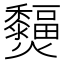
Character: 𤓞